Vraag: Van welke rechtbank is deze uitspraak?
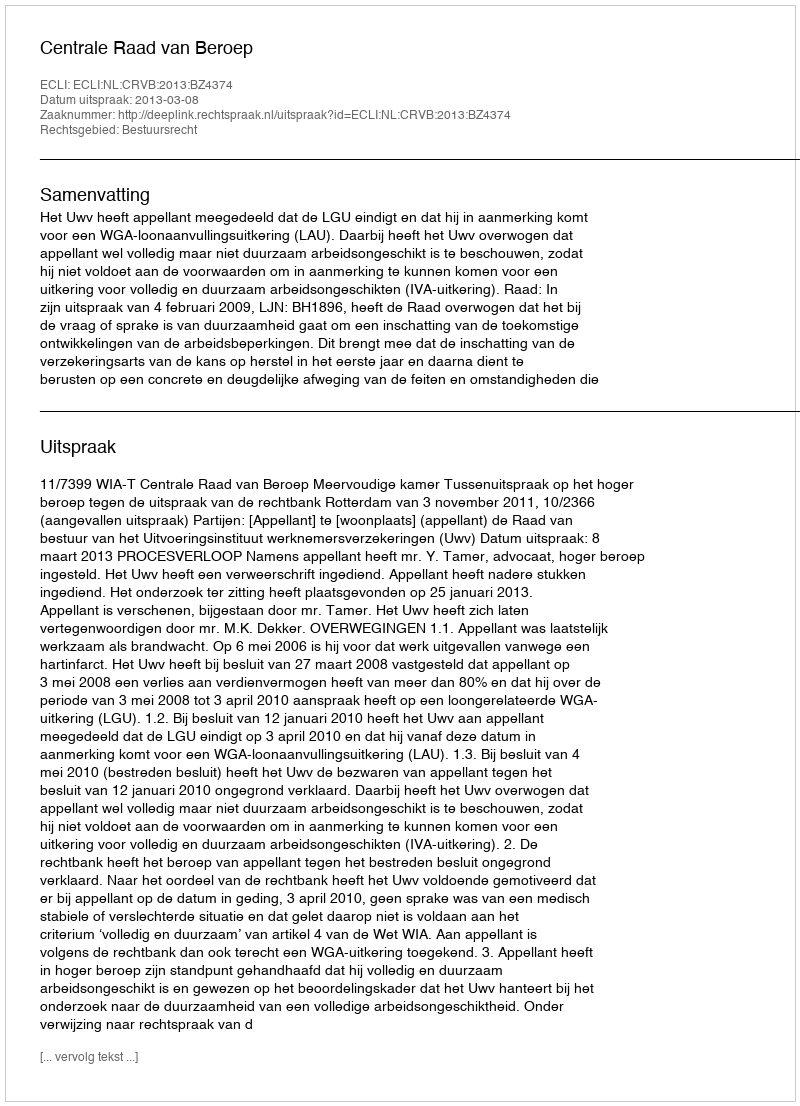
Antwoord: Centrale Raad van Beroep